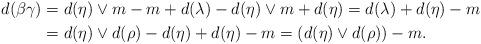
LaTeX: \begin{align*}d(\beta\gamma)&=d(\eta)\vee m -m+d(\lambda)-d(\eta)\vee m +d(\eta)=d(\lambda)+d(\eta)-m\\&=d(\eta)\vee d(\rho)-d(\eta)+d(\eta)-m=\left(d(\eta)\vee d(\rho)\right)-m.\end{align*}